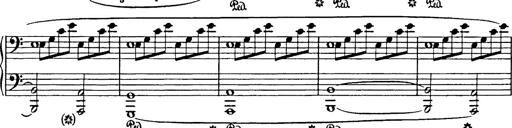
Title: In festo transfigurationis Domini nostri Jesu Christi
Composer: Franz Liszt